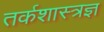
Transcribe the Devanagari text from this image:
तर्कशास्त्रज्ञ